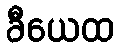
ခီယေထ